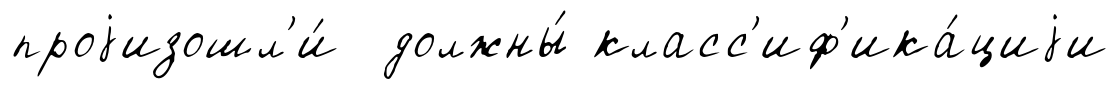
проjизошл'и́ должны́ класс'иф'ика́циjи